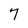
Character: 7